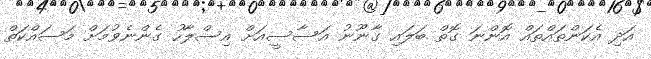
އަދި އެކަންތައްތައް އޮންނަ ގޮތް ބަލައި ގާނޫނު އަސާސީއަށް އިސްލާހު ގެންނެވުމަށް މަސައްކަތް